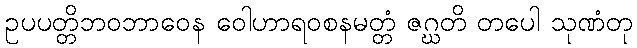
ဥပပတ္တိဘဝဘာဝေန ဝေါဟာရဝစနမတ္တံ ဇဂ္ဃတိ တပေါ သုဏံတု